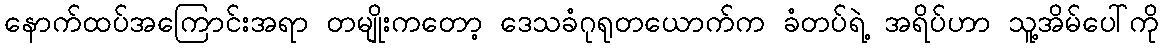
နောက်ထပ်အကြောင်းအရာ တမျိုးကတော့ ဒေသခံဂုရုတယောက်က ခံတပ်ရဲ့ အရိပ်ဟာ သူ့အိမ်ပေါ်ကို